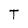
Character: T